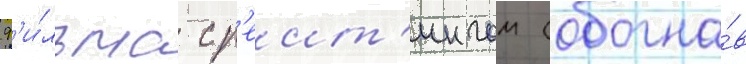
ф'и́льма с р'еит'ингом (обогна́в